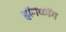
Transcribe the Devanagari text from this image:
हॉगकॉग